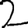
Digit: 2